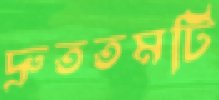
দ্রুততমটি